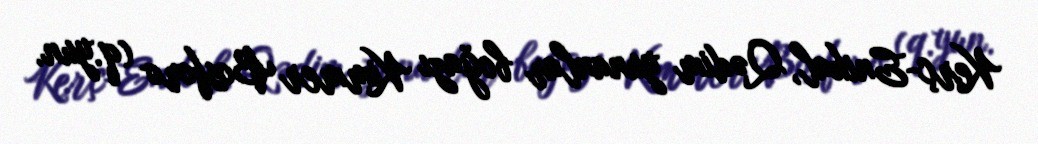
Kerç-Enikal, Qədim yunanlar boğazı Kimmer Bosforo (q.yun.